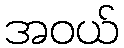
အဝယ်